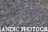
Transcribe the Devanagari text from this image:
कुम्हैड़ा